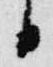
日